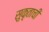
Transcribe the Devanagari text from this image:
सुकृताची